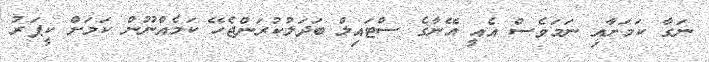
ނަގާ ކަމަށާއި ނަމަވެސް އެއީ އޭނާގެ ސްޓައިލް ބަދަލުކުރަންޖެހޭ ކަމެއްނޫން ކަމަށް ކީޕަރު